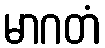
မာဂတံ